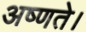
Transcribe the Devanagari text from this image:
अष्णते।